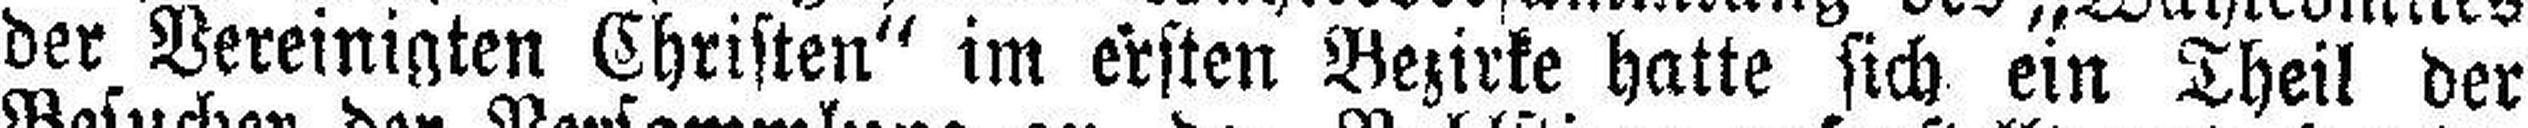
der Vereinigten Christen“ im ersten Bezirke hatte sich ein Theil der